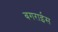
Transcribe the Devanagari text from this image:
बगराईस